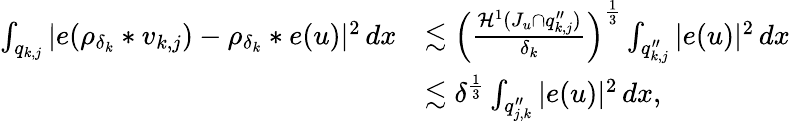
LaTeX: \begin{array}{rl}{\int_{q_{k,j}}|e(\rho_{\delta_{k}}*v_{k,j})-\rho_{\delta_{k}}*e(u)|^{2}\, dx}&{\lesssim\left(\frac{{\mathcal{H}}^{1}(J_{u}\cap q_{k,j}^{\prime\prime})}{\delta_{k}}\right)^{\frac{1}{3}}\int_{q_{k,j}^{\prime\prime}}|e(u)|^{2}\, dx}\\ &{\lesssim\delta^{\frac{1}{3}}\int_{q_{j,k}^{\prime\prime}}|e(u)|^{2}\, dx,}\end{array}